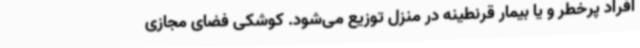
افراد پرخطر و یا بیمار قرنطینه در منزل توزیع می‌شود. کوشکی فضای مجازی